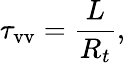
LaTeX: \tau_{\mathrm{vv}}=\frac{L}{R_{t}},